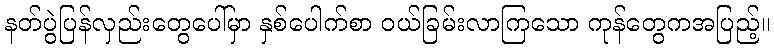
နတ်ပွဲပြန်လှည်းတွေပေါ်မှာ နှစ်ပေါက်စာ ဝယ်ခြမ်းလာကြသော ကုန်တွေကအပြည့်။